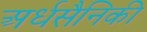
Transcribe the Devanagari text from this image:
अर्धसैनिकी